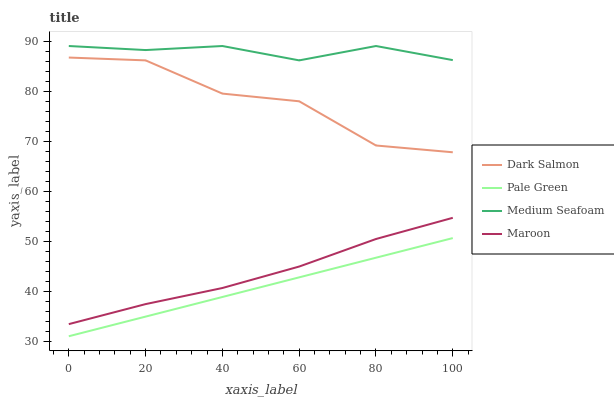
| xaxis_label | Dark Salmon | Pale Green | Medium Seafoam | Maroon |
 | --- | --- | --- | --- | --- |
 | 0 | 86.7 | 31 | 89 | 33.4 |
 | 20 | 86.1 | 34.9 | 88.2 | 37.4 |
 | 40 | 79.5 | 38.8 | 89 | 40.6 |
 | 60 | 78 | 42.8 | 86.1 | 44.9 |
 | 80 | 69.1 | 46.7 | 89 | 50.4 |
 | 100 | 67.8 | 50.6 | 86.2 | 54.7 |